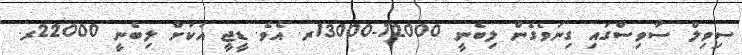
ސިވިލް ސާވިސްގައި ގިނަވެގެން ލިބެނީ 12000-13000ރ. އެވެ. ޑީޖީ އަކަށް ލިބެނީ 22000ރ.